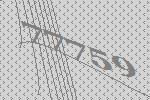
77759